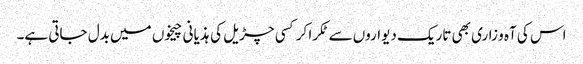
اس کی آہ و زاری بھی تاریک دیواروں سے ٹکرا کر کسی چڑیل کی ہذیانی چیخوں میں بدل جاتی ہے۔